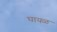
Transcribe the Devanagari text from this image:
घायळ